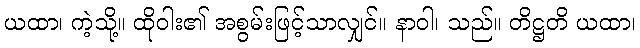
ယထာ၊ ကဲ့သို့။ ထိုဝါး၏ အစွမ်းဖြင့်သာလျှင်။ နာဝါ၊ သည်။ တိဋ္ဌတိ ယထာ၊